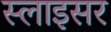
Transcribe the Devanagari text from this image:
स्लाइसर